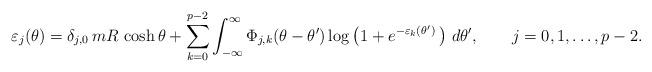
LaTeX: \begin{align*}\varepsilon_{j} ( \theta ) =\delta_{j,0}\, mR \, \cosh \theta + \sum_{k=0}^{p-2} \int_{-\infty}^\infty \Phi_{j,k}(\theta-\theta') \log \big( 1+ e^{-\varepsilon_k( \theta')}\, \big)\,\, d \theta', \qquad j=0,1,\ldots,p-2. \end{align*}